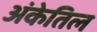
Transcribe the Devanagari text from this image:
अंकेतिल